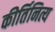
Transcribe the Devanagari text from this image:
कीर्तिनित्य